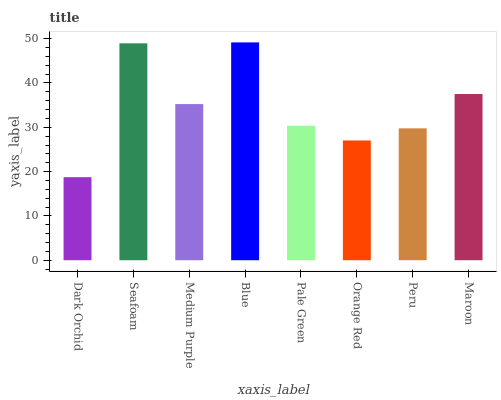
| xaxis_label | bars |
 | --- | --- |
 | Dark Orchid | 18.7 |
 | Seafoam | 48.9 |
 | Medium Purple | 35.2 |
 | Blue | 49.2 |
 | Pale Green | 30.4 |
 | Orange Red | 27 |
 | Peru | 29.8 |
 | Maroon | 37.5 |